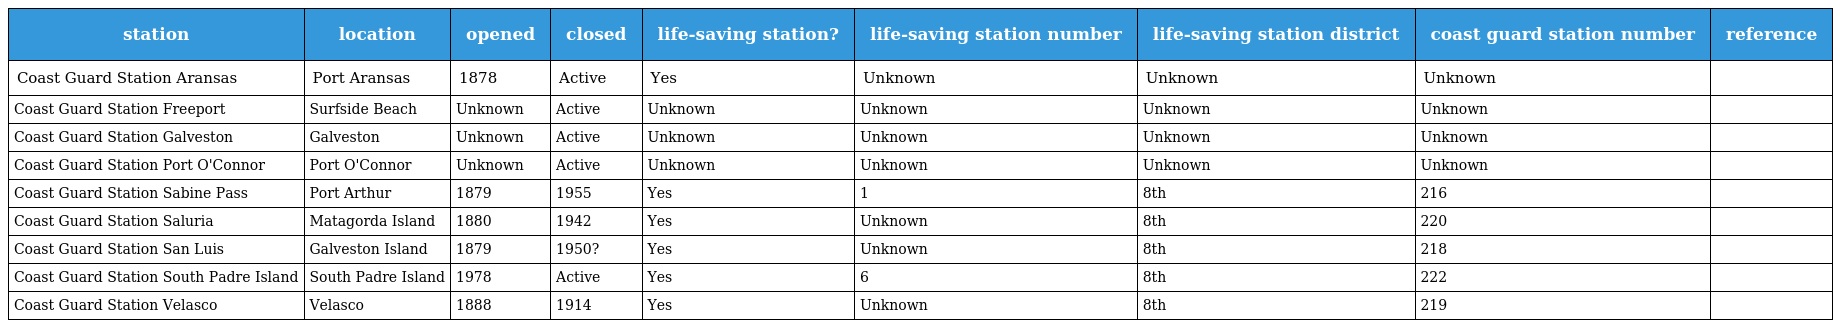
| station | location | opened | closed | life-saving station? | life-saving station number | life-saving station district | coast guard station number | reference |
 | --- | --- | --- | --- | --- | --- | --- | --- | --- |
 | Coast Guard Station Aransas | Port Aransas | 1878 | Active | Yes | Unknown | Unknown | Unknown |  |
 | Coast Guard Station Freeport | Surfside Beach | Unknown | Active | Unknown | Unknown | Unknown | Unknown |  |
 | Coast Guard Station Galveston | Galveston | Unknown | Active | Unknown | Unknown | Unknown | Unknown |  |
 | Coast Guard Station Port O'Connor | Port O'Connor | Unknown | Active | Unknown | Unknown | Unknown | Unknown |  |
 | Coast Guard Station Sabine Pass | Port Arthur | 1879 | 1955 | Yes | 1 | 8th | 216 |  |
 | Coast Guard Station Saluria | Matagorda Island | 1880 | 1942 | Yes | Unknown | 8th | 220 |  |
 | Coast Guard Station San Luis | Galveston Island | 1879 | 1950? | Yes | Unknown | 8th | 218 |  |
 | Coast Guard Station South Padre Island | South Padre Island | 1978 | Active | Yes | 6 | 8th | 222 |  |
 | Coast Guard Station Velasco | Velasco | 1888 | 1914 | Yes | Unknown | 8th | 219 |  |